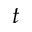
t